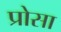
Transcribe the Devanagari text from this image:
प्रोसा